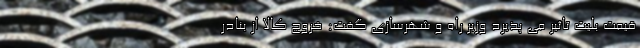
قیمت بلیت تاثیر می پذیرد وزیر راه و شهرسازی گفت: خروج کالا از بنادر